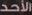
الأحد